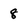
Character: 8